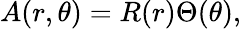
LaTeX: A(r,\theta)=R(r)\Theta(\theta),